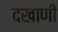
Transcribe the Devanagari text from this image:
दखाणी